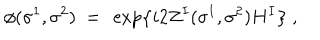
\phi ( \sigma ^ { 1 } , \sigma ^ { 2 } ) \ = \ \exp \left\{ i 2 Z ^ { I } ( \sigma ^ { 1 } , \sigma ^ { 2 } ) H ^ { I } \right\} \ ,